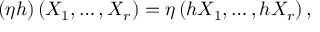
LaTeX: ( \eta h ) \left( X _ { 1 } , \dots , X _ { r } \right) = \eta \left( h X _ { 1 } , \dots , h X _ { r } \right) ,